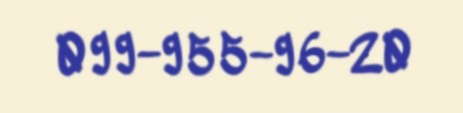
099-955-96-20